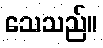
သေသည်။